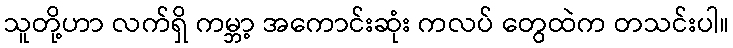
သူတို့ဟာ လက်ရှိ ကမ္ဘာ့ အကောင်းဆုံး ကလပ် တွေထဲက တသင်းပါ။